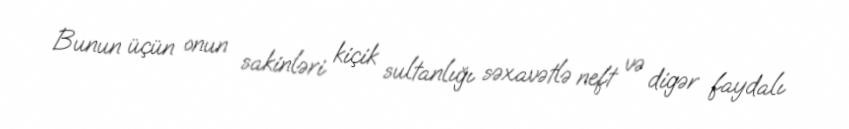
Bunun üçün onun sakinləri kiçik sultanlığı səxavətlə neft və digər faydalı